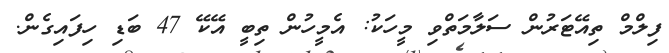
ފިލްމް ތިއޭޓަރުން ސަލާމަތްވި މީހަކު: އެމީހުން ތިބީ އޭކޭ 47 ބަޑި ހިފައިގެން.